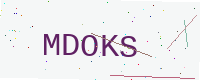
Text: MDOKS